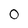
Character: 0